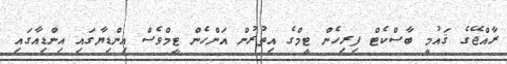
ރާއްޖޭގެ ޤައުމީ ބާސްކެޓް ފިރިހެން ޓީމްގެ އިތުރުން އަންހެން ޓީމްވެސް އިންޑިޔާގައި އިންޑިއާގައި